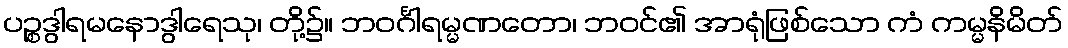
ပဉ္စဒွါရမနောဒွါရေသု၊ တို့၌။ ဘဝင်္ဂါရမ္မဏတော၊ ဘဝင်၏ အာရုံဖြစ်သော ကံ ကမ္မနိမိတ်